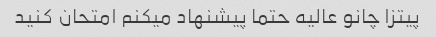
پیتزا چانو عالیه حتما پیشنهاد میکنم امتحان کنید